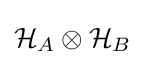
{\mathcal {H}}_{A}\otimes {\mathcal {H}}_{B}